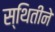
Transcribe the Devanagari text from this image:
स्थितीने